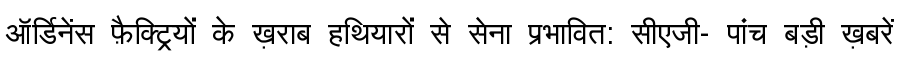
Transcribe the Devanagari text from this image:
ऑर्डिनेंस फ़ैक्ट्रियों के ख़राब हथियारों से सेना प्रभावित: सीएजी- पांच बड़ी ख़बरें